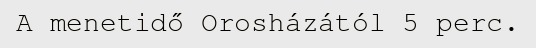
A menetidő Orosházától 5 perc.